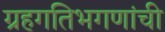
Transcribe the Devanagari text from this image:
ग्रहगतिभगणांची